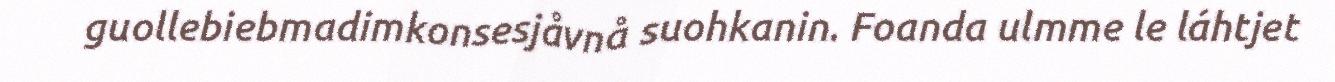
guollebiebmadimkonsesjåvnå suohkanin. Foanda ulmme le láhtjet